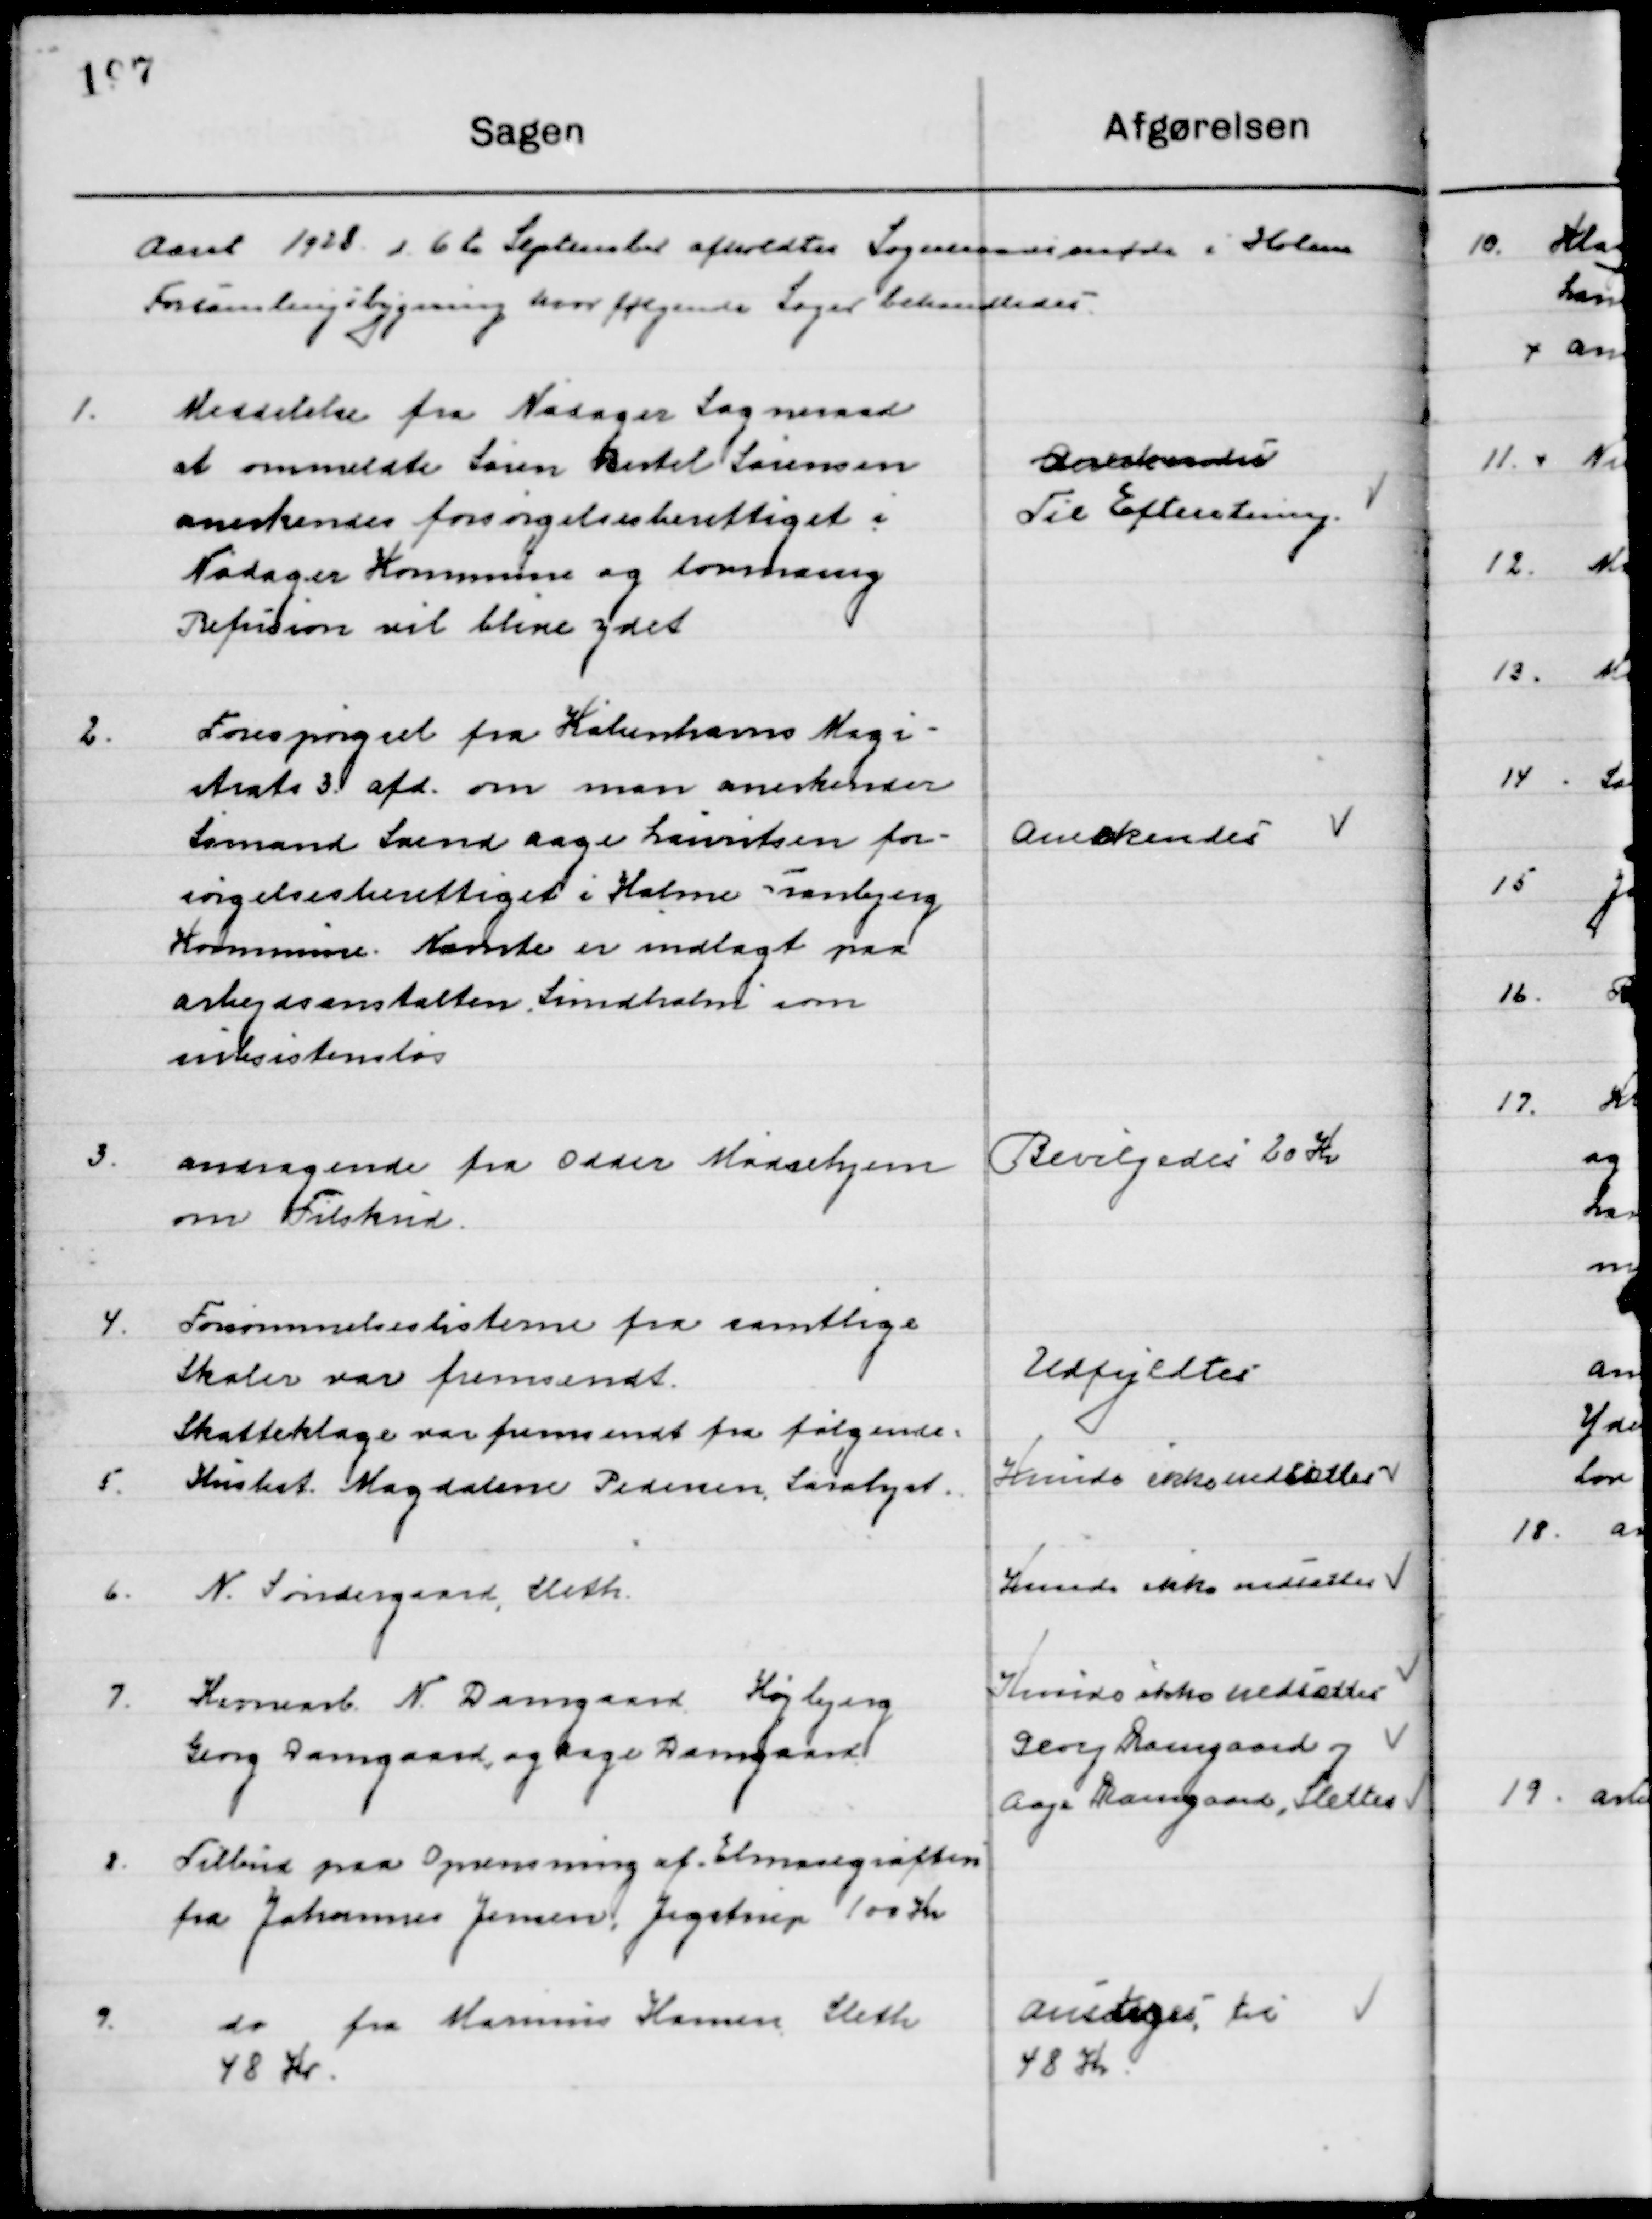
Transskription:
Aaret 1928 d. 6te September afholdtes Sogneraadsmøde i Holme 
Forsamlingsbygning hvor følgende Sager behandledes.

1

Meddelelse fra Nødager Sogneraad
at ommeldte Søren Bertel Sørensen
anerkendes forsørgelsesberettiget i
Nødager Kommune og lovmæssig
Refusion vil blive ydet.

Anerkendes
Til Efterretning

2

Forespørgsel fra Københavns Magi-
strats 3. afd. om man anerkender 
Sømand Svend Aage Lauritsen for-
sørgelsesberettiget i Holme Tranbjerg
Kommune. Nævnte er indlagt paa
arbejdsanstalten, Lindholm som
subsistensløs.

Anerkendes

3

Andragende fra Odder Mødrehjem
om Tilskud

Bevilgedes 20 Kr.

4.

Forsømmelseslisterne fra samtlige
Skoler var fremsendt.

Udfyldtes

Skatteklage var fremsendt fra følgende

5.

Husbest. Magdalene Pedersen, Saralyst

Kunde ikke udsættes

6

N. Søndergaard, Sleth

Kunde ikke udsættes

7

Havnearb. N. Damgaard, Højbjerg
Georg Damgaard, og Aage Damgaard

Kunde ikke udsættes
Georg Damgaard og
Aage Damgaard, Slettes

8

Tilbud paa Oprensning af Elmosegrøften
fra Johannes Jensen, Jegstrup 100 Kr.

9.

do fra Marius Hansen Sleth
48 Kr.

Antoges til
48 Kr.